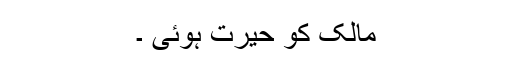
مالک کو حیرت ہوئی ۔